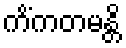
ကိံကတမန္တိ